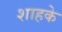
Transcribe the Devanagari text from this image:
शाहके